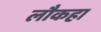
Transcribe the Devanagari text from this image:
लौकहा